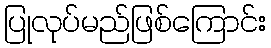
ပြုလုပ်မည်ဖြစ်ကြောင်း